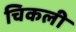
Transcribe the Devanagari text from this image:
चिकली